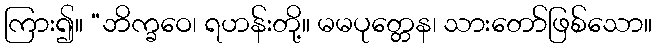
ကြား၍။ “ဘိက္ခဝေ၊ ရဟန်းတို့။ မမပုတ္တေန၊ သားတော်ဖြစ်သော။